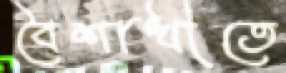
বৈশাখীতে